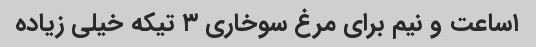
۱ساعت و نیم برای مرغ سوخاری ۳ تیکه خیلی زیاده